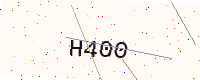
Text: H400